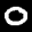
Label: 0